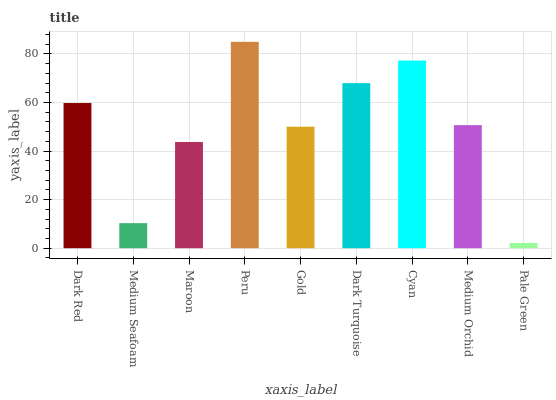
| xaxis_label | bars |
 | --- | --- |
 | Dark Red | 59.8 |
 | Medium Seafoam | 10.3 |
 | Maroon | 43.7 |
 | Peru | 85 |
 | Gold | 50 |
 | Dark Turquoise | 68 |
 | Cyan | 77.3 |
 | Medium Orchid | 50.7 |
 | Pale Green | 2.13 |